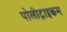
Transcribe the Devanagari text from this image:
पोलीट्राइकम